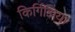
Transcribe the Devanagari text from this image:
किर्गिझिया